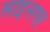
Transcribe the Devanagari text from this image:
साइनगर